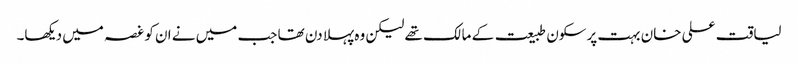
لیاقت علی خان بہت پرسکون طبیعت کے مالک تھے لیکن وہ پہلا دن تھا جب میں نے ان کو غصہ میں دیکھا۔